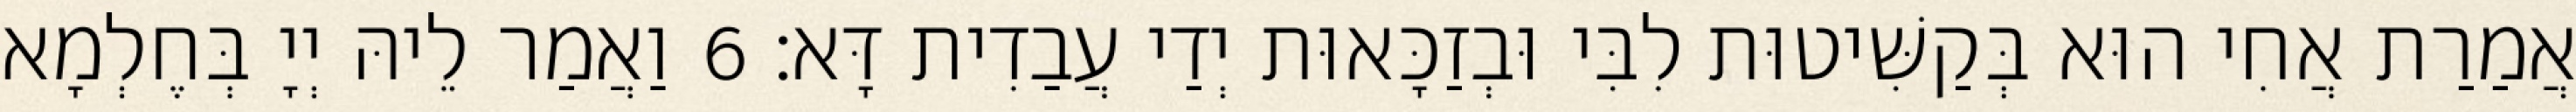
אֲמַרַת אֲחִי הוּא בְּקַשִּׁיטוּת לִבִּי וּבְזַכָּאוּת יְדַי עֲבַדִית דָּא׃ 6 וַאֲמַר לֵיהּ יְיָ בְּחֶלְמָא